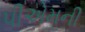
પીએમની